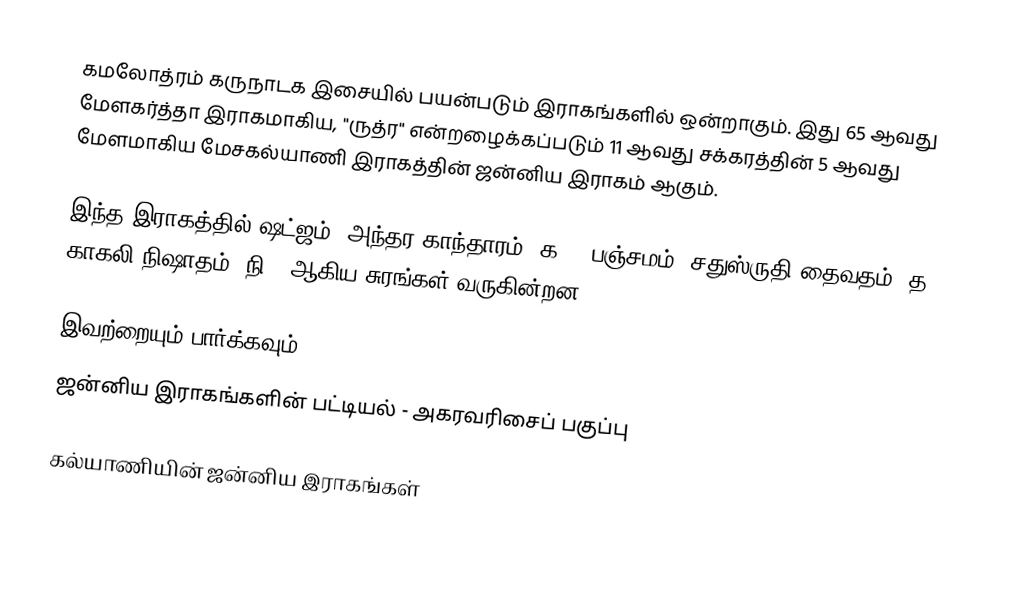
கமலோத்ரம் கருநாடக இசையில் பயன்படும் இராகங்களில் ஒன்றாகும். இது 65 ஆவது மேளகர்த்தா இராகமாகிய, "ருத்ர" என்றழைக்கப்படும் 11 ஆவது சக்கரத்தின் 5 ஆவது மேளமாகிய மேசகல்யாணி இராகத்தின் ஜன்னிய இராகம் ஆகும்.

இந்த இராகத்தில் ஷட்ஜம்,   அந்தர காந்தாரம் (க3), பஞ்சமம்,  சதுஸ்ருதி தைவதம் (த2), காகலி நிஷாதம்  (நி3) ஆகிய சுரங்கள் வருகின்றன.

இவற்றையும் பார்க்கவும்
 ஜன்னிய இராகங்களின் பட்டியல் - அகரவரிசைப் பகுப்பு

கல்யாணியின் ஜன்னிய இராகங்கள்